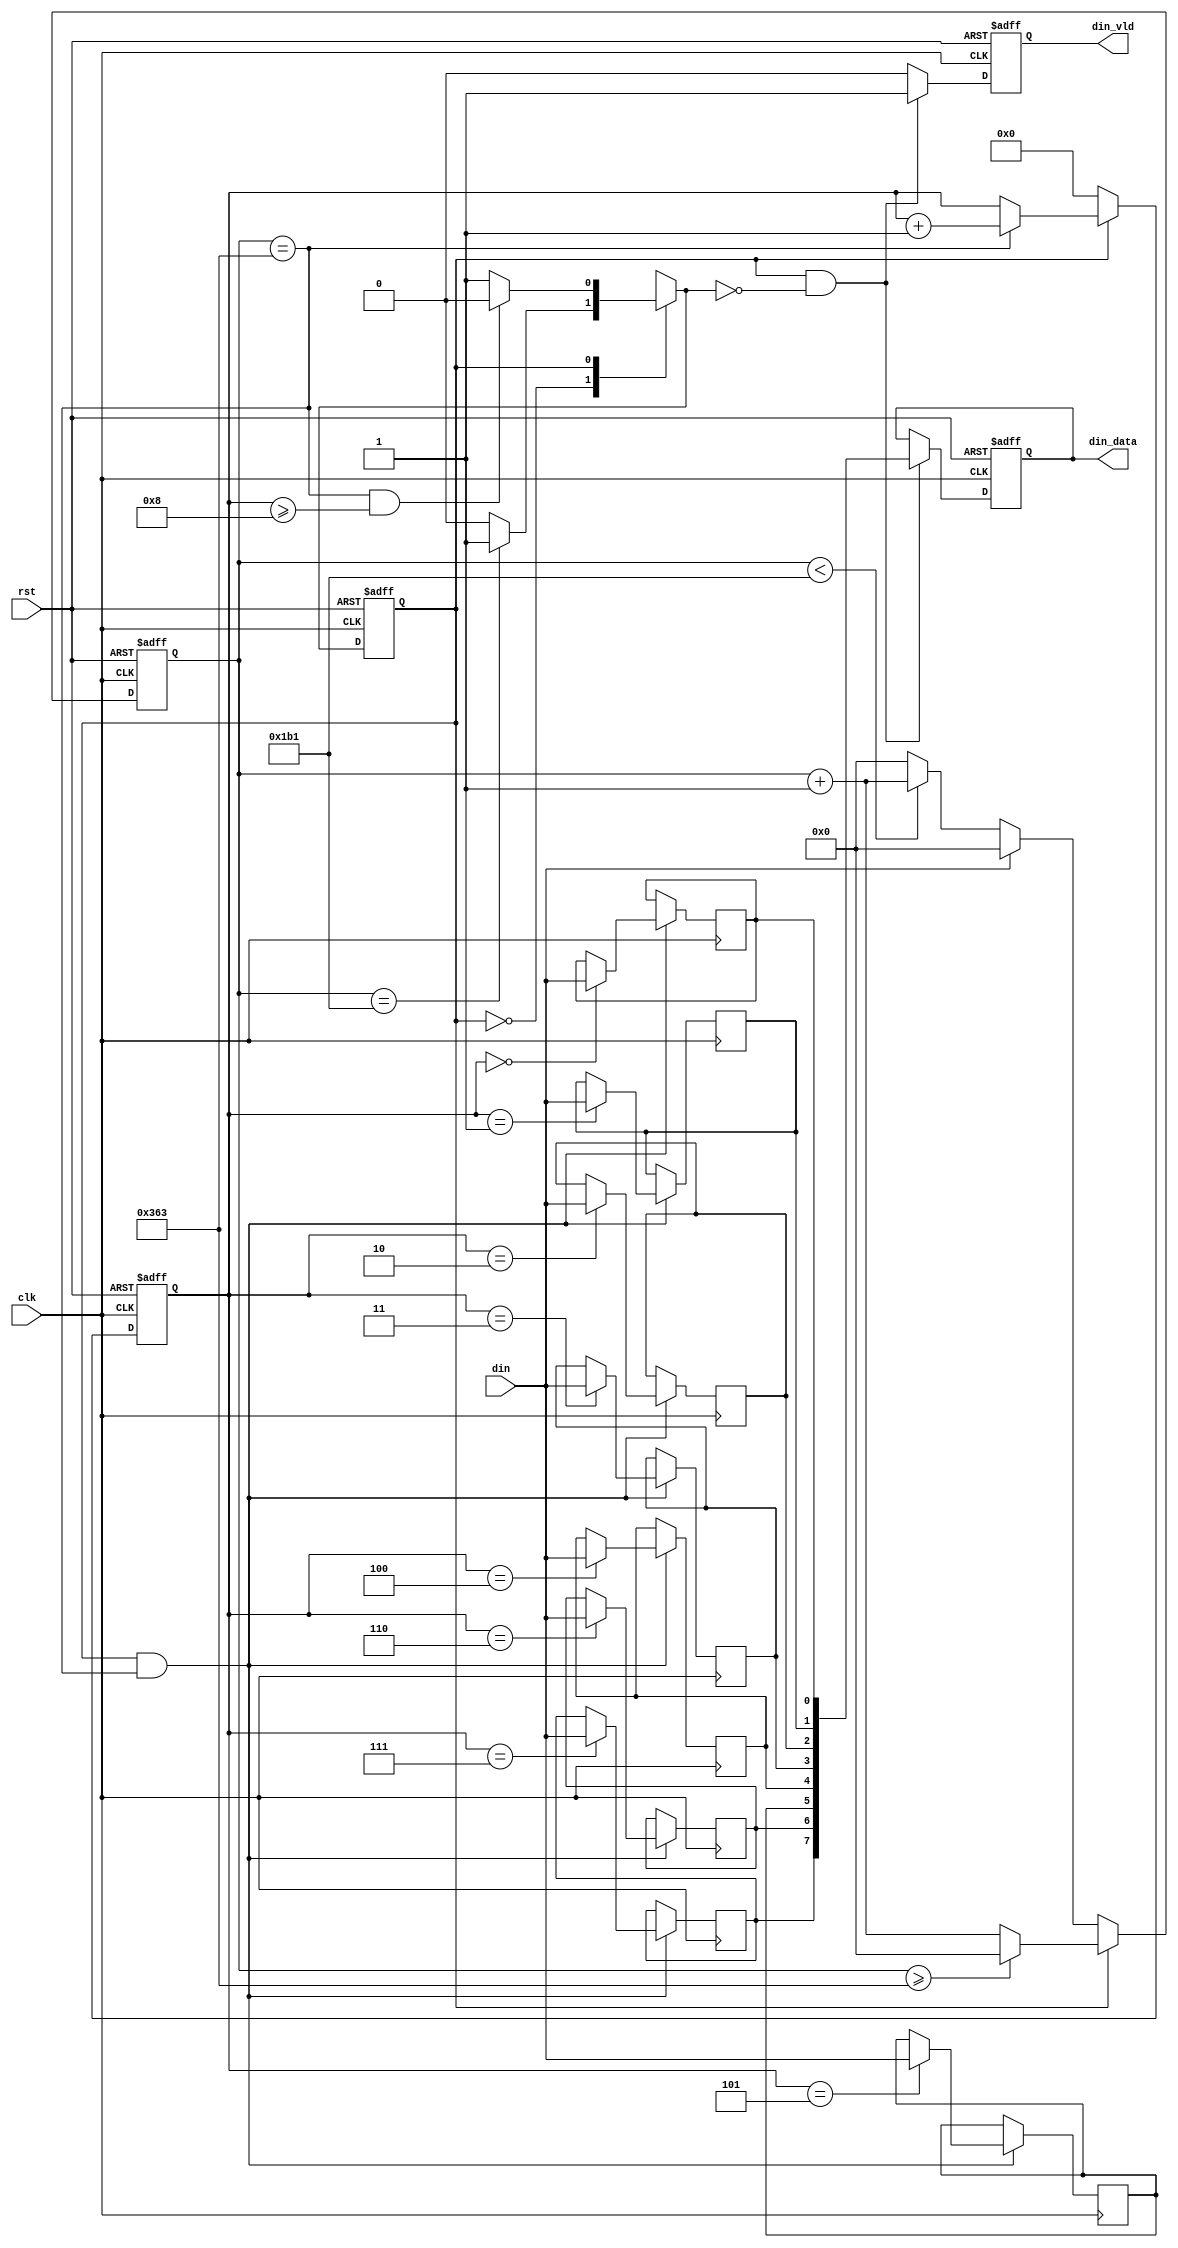
`timescale 1ns / 1ps

/* 
 *   Adapted: wintermelon
 *   Last update: 2023.04.02
 */


module Receive(
    input clk,
    input rst,

    input din,
    output reg din_vld,  // Received data valid (high-level pulse for one clock cycle)
    output reg [7:0] din_data    // Received data
);

    localparam DIV_CNT  = 10'd867;
    localparam HDIV_CNT = 10'd433;
    localparam RX_CNT   = 4'h8;
    localparam C_IDLE   = 1'b0;
    localparam C_RX     = 1'b1;   

    reg current_state;
    reg next_state;
    reg [9:0] div_cnt;
    reg [3:0] din_cnt;
    reg din_reg_0, din_reg_1, din_reg_2, din_reg_3, din_reg_4, din_reg_5, din_reg_6, din_reg_7;
    wire din_pulse;


    always @(posedge clk or posedge rst) begin
        if (rst)
            current_state <= C_IDLE;
        else
            current_state <= next_state;
    end    

    always @(*) begin
        case(current_state)
            C_IDLE:
                if (div_cnt == HDIV_CNT)
                    next_state = C_RX;
                else
                    next_state = C_IDLE;
            C_RX:
                if ((div_cnt == DIV_CNT) && (din_cnt >= RX_CNT))
                    next_state = C_IDLE;
                else
                    next_state = C_RX;
        endcase
    end

    always @(posedge clk or posedge rst) begin
        if (rst)
            div_cnt <= 10'h0;
        else if (current_state == C_IDLE) begin
            if (din == 1'b1)
                div_cnt <= 10'h0;
            else if (div_cnt < HDIV_CNT)
                div_cnt <= div_cnt + 10'h1;
            else
                div_cnt <= 10'h0;    
        end
        else if (current_state == C_RX) begin
            if (div_cnt >= DIV_CNT)
                div_cnt <= 10'h0;
            else
                div_cnt <= div_cnt + 10'h1;
        end
    end

    always @(posedge clk or posedge rst) begin
        if (rst)
            din_cnt <= 4'h0;
        else if (current_state == C_IDLE)
            din_cnt <= 4'h0;
        else if (div_cnt == DIV_CNT)
            din_cnt <= din_cnt + 1'b1;      
    end

    assign din_pulse = (current_state == C_RX) && (div_cnt == DIV_CNT);

    always @(posedge clk) begin
        if (din_pulse) begin
            case(din_cnt)
                4'h0: din_reg_0 <= din;
                4'h1: din_reg_1 <= din;
                4'h2: din_reg_2 <= din;
                4'h3: din_reg_3 <= din;
                4'h4: din_reg_4 <= din;
                4'h5: din_reg_5 <= din;
                4'h6: din_reg_6 <= din;
                4'h7: din_reg_7 <= din;
            endcase
        end
    end

    always @(posedge clk or posedge rst) begin
        if (rst) begin
            din_vld <= 1'b0;
            din_data <= 8'h55;
        end    
        else if ((current_state == C_RX) && (next_state == C_IDLE)) begin
            din_vld <= 1'b1;
            din_data <= {din_reg_7, din_reg_6, din_reg_5, din_reg_4, din_reg_3, din_reg_2, din_reg_1, din_reg_0};
        end
        else
            din_vld <= 1'b0;
    end

endmodule